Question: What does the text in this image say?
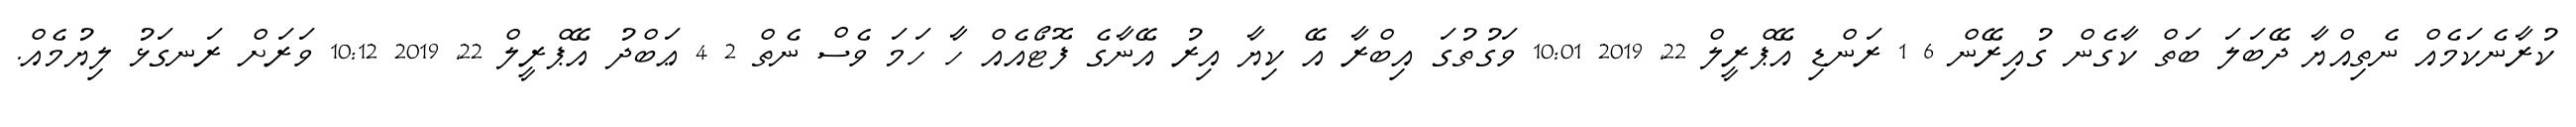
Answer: ކުރާނެކަމެއް ނެތިއްޔާ ދޭބަލަ ބަތް ކާގެން ގުއިރޭން 6 1 ރަންޑި އޭޕްރީލް 22, 2019 10:01 ވަގުތުގަ އިބްރާ އޭ ކިޔާ އިރު އޭނާގެ ފޮޓޯއެއް ހާ ހަމަ ވެސް ނެތް 2 4 ޢަބްދު އޭޕްރީލް 22, 2019 10:12 ވަރަށް ރަނގަޅު ލިޔުމެއް.